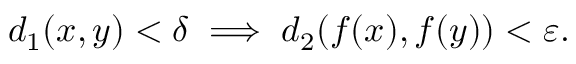
d _ { 1 } ( x , y ) < \delta \implies d _ { 2 } ( f ( x ) , f ( y ) ) < \varepsilon .